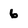
Character: 6